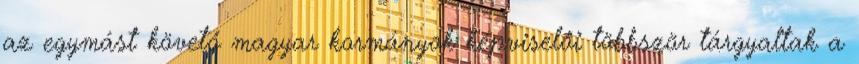
az egymást követő magyar kormányok képviselői többször tárgyaltak a